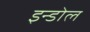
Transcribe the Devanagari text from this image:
इन्डोल